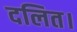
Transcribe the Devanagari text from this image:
दलित।